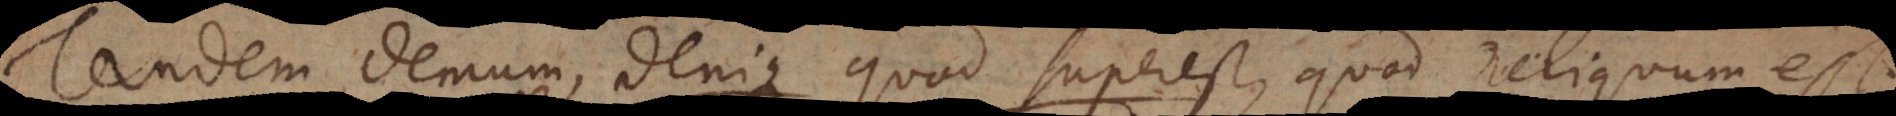
Tandem, demum, denique, quod superest, quod reliquum est